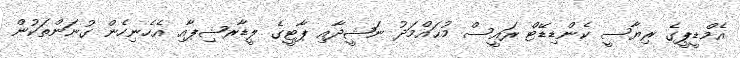
އެމްޑީޕީގެ ރިޔާސީ ކެންޑިޑޭޓް ރައީސް މުޙައްމަދު ނަޝީދާއި ޕާޓީގެ ލީޑާރޝިޕާއި އެހެނިހެން ގުނަންތަކުން